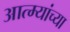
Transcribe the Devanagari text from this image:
आत्म्यांच्या